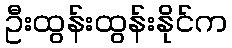
ဦးထွန်းထွန်းနိုင်က